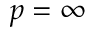
p = \infty